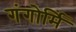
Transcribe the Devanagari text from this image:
गंगोर्मि